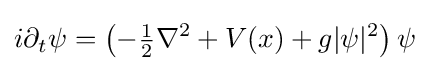
\displaystyle i\partial _{t}\psi =\left(-{\tfrac {1}{2}}\nabla ^{2}+V(x)+g|\psi |^{2}\right)\psi